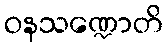
ဝနသဏ္ဍောတိ